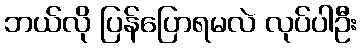
ဘယ်လို ပြန်ပြောရမလဲ လုပ်ပါဦး